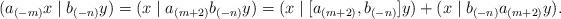
LaTeX: \begin{align*} (a_{(-m)}x\mid b_{(-n)}y) = (x \mid a_{(m+2)}b_{(-n)}y) = (x \mid [a_{(m+2)},b_{(-n)}]y)+(x \mid b_{(-n)}a_{(m+2)}y).\end{align*}